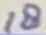
Text: 18